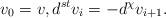
LaTeX: \begin{align*}v_0=v,d^{st}v_i=-d^{\chi}v_{i+1}.\end{align*}